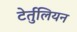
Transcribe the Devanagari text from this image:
टेर्तुलियन